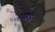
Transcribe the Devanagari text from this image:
नऽ